Civil Veterinary Dept. Bombay admin report 1907-1913 - 1907-1913
Year: 1907
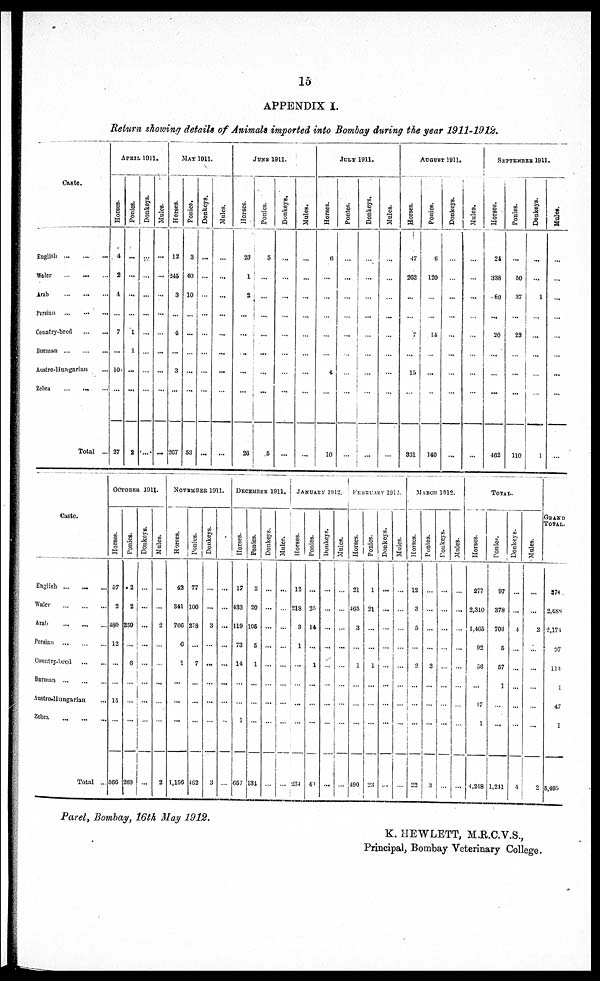
15
APPENDIX I.
Return showing details of Animals imported into Bombay during the year 1911-1912.
Caste.
English
…
…
…
Water ... ... ...
Arab
…
…
…
Persian ... ... ...
Country-bred
…
…
Burman ... ... ...
Austro-Hungarian ...
Zebra
…
…
…
Total ...
APRIL. 1911.
Horses.
4
2
4
…
7
…
10.
…
27
Ponies.
…
…
...
…
1
1
...
...
2
Donkeys.
…
…
…
…
…
…
…
…
...
Mules.
…
…
…
…
…
…
…
…
...
MAY 1911.
Horses.
12
245
3
...
4
…
3
…
267
Ponies.
3
40
10
…
…
…
...
...
53
Donkeys.
…
…
…
...
…
…
…
…
…
Mules.
…
…
…
…
…
…
…
...
…
JUNE 1911.
Horses.
23
1
2
…
…
...
…
…
26
Ponies.
5
…
…
…
…
…
...
...
5
Donkeys.
…
…
…
…
…
…
…
…
…
Mules.
…
…
…
…
…
…
…
…
…
JULY 1911.
Horses.
6
…
…
...
…
…
4
…
10
Ponies.
…
…
…
…
…
…
…
…
…
Donkeys.
…
…
…
…
…
…
…
…
...
Mules.
…
…
…
…
…
…
…
…
…
AUGUST 1911.
Horses.
47
202
…
…
7
...
15
...
331
Ponies.
6
120
…
...
14
…
...
...
140
Donkeys.
…
…
…
…
…
…
…
…
…
Mules.
…
…
…
…
…
…
…
…
…
SEPTEMBER 1911.
Horses.
24
338
80
...
20
…
…
...
402
Ponies.
...
50
37
…
23
…
…
…
110
Donkeys.
…
...
1
…
...
...
…
…
1
Mules.
…
…
…
…
…
…
…
…
…
Caste.
English ... ... ...
Waler ... ... ...
Arab
…
…
…
Persian ... ... ...
Country-bred
…
…
Burman ... ... ...
Austro-Hungarian ...
Zebra ... ... ...
Total ...
OCTOBER 1911.
Horses.
57
2
480
12
…
…
15
…
566
Ponies.
2
2
259
...
6
…
…
…
269
Donkeys.
…
…
...
...
...
…
...
...
...
Mules.
…
…
2
…
…
…
…
…
2
NOVEMBER 1911.
Horses.
42
341
766
6
1
...
...
...
1,156
Ponies.
77
100
278
…
7
…
...
…
462
Donkeys.
…
…
3
…
...
…
…
…
3
…
…
...
...
...
...
…
…
…
DECEMBER 1911.
Horses.
17
433
119
73
14
…
…
1
657
Ponies.
3
20
106
5
1
…
…
…
131
Donkeys.
…
…
…
…
…
…
…
…
…
Mules.
…
…
…
…
…
…
…
...
...
JANAURY 1912.
Horses.
13
218
3
1
...
...
…
...
234
Ponies.
…
25
14
…
1
...
…
…
40
Donkeys.
…
…
…
...
…
…
…
…
…
Mules.
…
…
…
…
…
…
…
...
…
FEBRUARY 1912.
Horses.
21
465
3
…
1
…
…
…
490
Ponies.
1
21
...
...
1
...
...
...
23
Donkeys.
…
...
…
…
…
…
…
…
…
Mules.
…
…
…
…
…
…
…
…
…
MARCH 1912.
Horses.
12
3
5
...
2
...
...
...
22
Ponies.
…
…
…
…
3
…
…
…
3
Donkeys.
…
…
…
…
…
…
…
…
…
Mules.
…
...
…
…
...
…
…
…
…
TOTAL
Horses.
277
2,310
1,465
92
58
…
17
1
4,218
Ponies.
97
378
703
5
57
1
…
…
1,211
Donkeys.
…
…
4
…
…
…
…
…
4
Mules.
…
…
2
…
…
…
…
…
…
GRAND
TOTAL
374.
2,688
2,174
07
113
1
47
1
5,495
Parel, Bombay, 16th May 1912.
K. HEWLETT, M.R.C.V.S.,
Principal, Bombay Veterinary College.